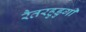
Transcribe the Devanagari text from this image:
रैतरहुडुगी